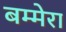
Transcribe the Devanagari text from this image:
बम्मेरा